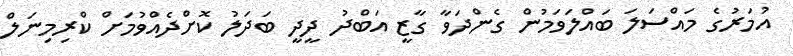
އުމަރުގެ މައްސަލަ ބައްލަވަމުން ގެންދަވާ ގާޒީ އަބްދު ދީދީ ބަދަލު ކޮށްދެއްވުމަށް ކްރިމިނަލް